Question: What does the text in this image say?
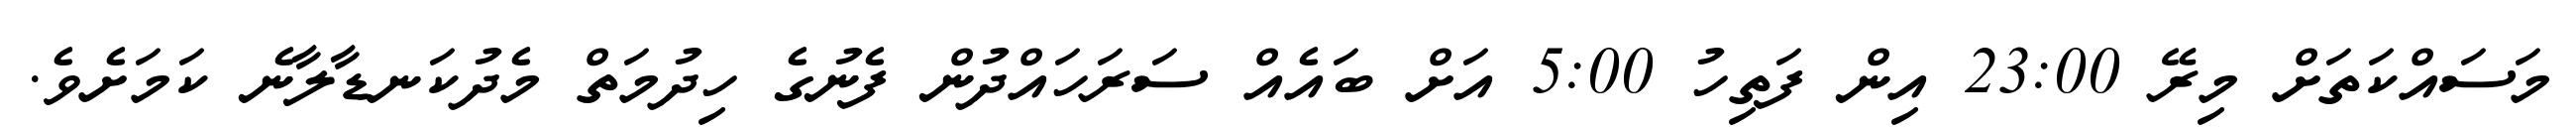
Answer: މަސައްކަތަށް މިރޭ 23:00 އިން ފަތިހު 5:00 އަށް ބައެއް ސަރަހައްދުން ފެނުގެ ހިދުމަތް މެދުކަނޑާލާނެ ކަމަށެވެ.